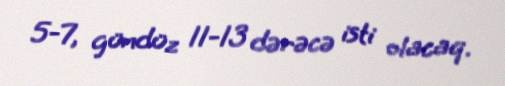
5-7, gündüz 11-13 dərəcə isti olacaq.